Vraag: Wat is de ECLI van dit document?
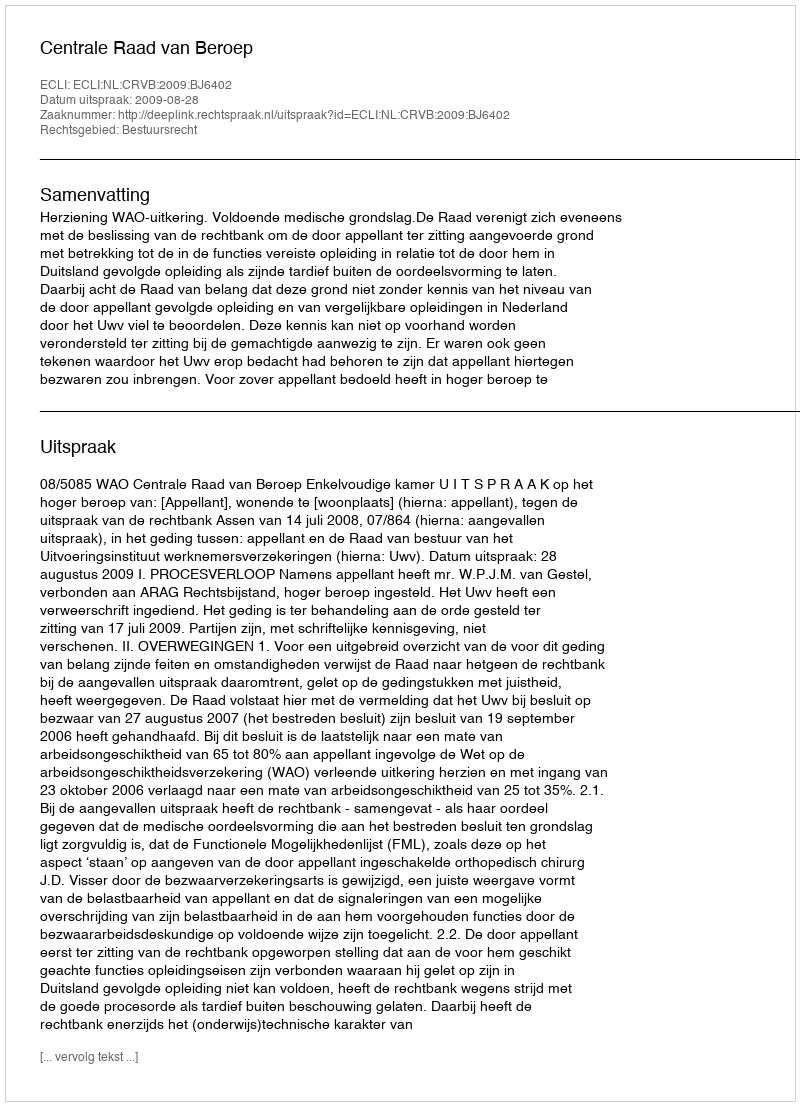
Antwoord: ECLI:NL:CRVB:2009:BJ6402